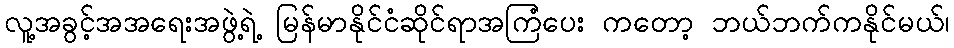
လူ့အခွင့်အအရေးအဖွဲ့ရဲ့ မြန်မာနိုင်ငံဆိုင်ရာအကြံပေး ကတော့ ဘယ်ဘက်ကနိုင်မယ်၊